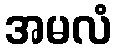
အမလံ